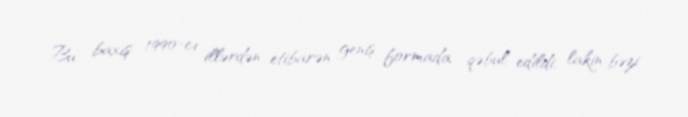
Bu baxış 1990-cı illərdən etibarən geniş formada qəbul edildi, lakin bəzi